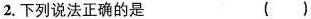
2.下列说法正确的是 ()